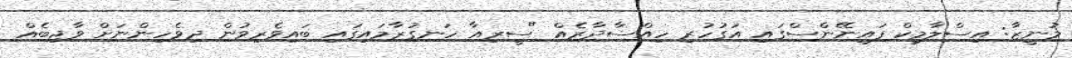
މުނީޒާ: އިސްލާމިކް ފައިނޭންސްގައި އަގުހުރި ހިއްސާދާރެއް "ސީރިއާ ހަނގުރާމައިގައި ބައިވެރިވުން ދިވެހިންނަށް ވާޖިބެއް